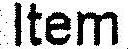
ITEM